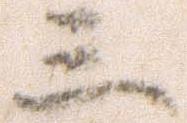
三